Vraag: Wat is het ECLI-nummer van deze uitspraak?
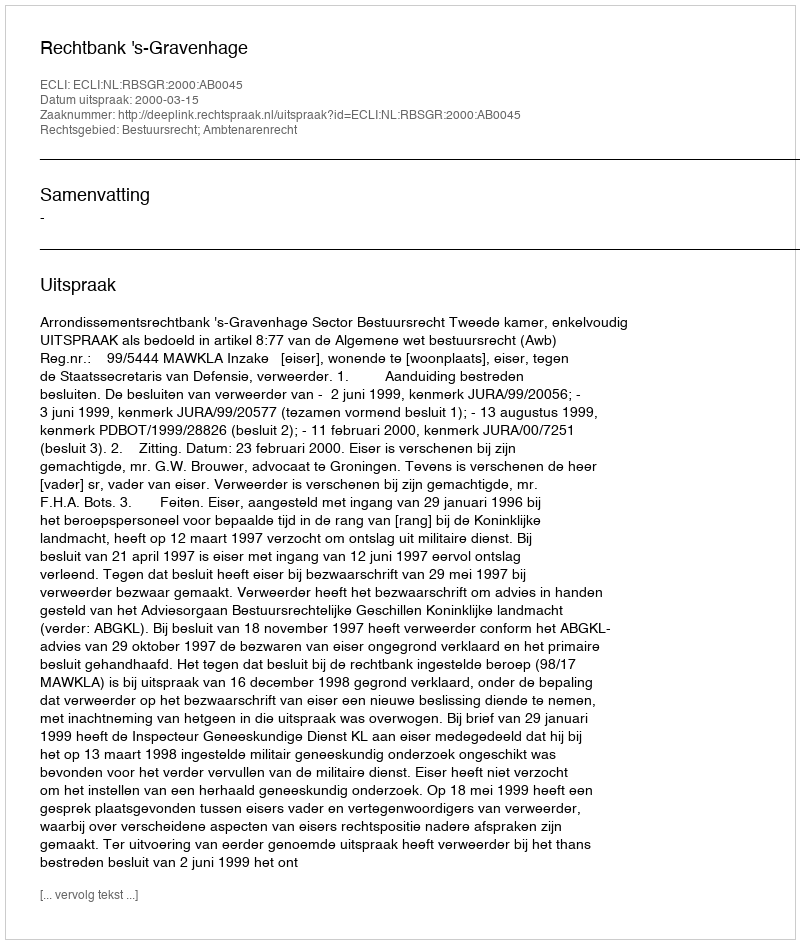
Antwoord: ECLI:NL:RBSGR:2000:AB0045